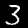
Digit: 3